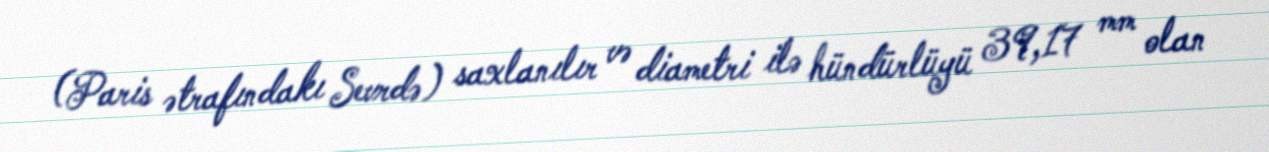
(Paris ətrafındakı Sevrdə) saxlanılır və diametri ilə hündürlüyü 39,17 mm olan